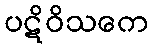
ပဋိဝိသကေ